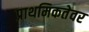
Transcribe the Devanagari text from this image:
प्राथमिकतेवर